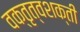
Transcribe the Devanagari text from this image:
वक्तृत्वशक्ती